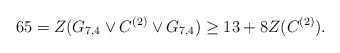
\begin{align*} 65=Z(G_{7,4}\vee C^{(2)}\vee G_{7,4}) \geq 13+8Z(C^{(2)}). \end{align*}